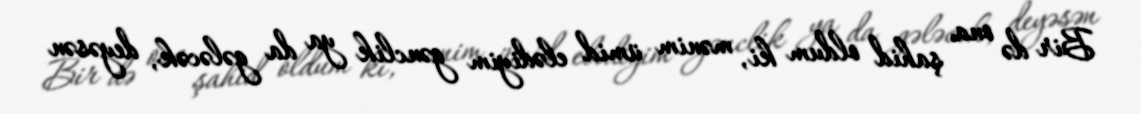
Bir də ona şahid oldum ki, mənim ümid elədiyim gənclik ya da gələcək, deyəsən